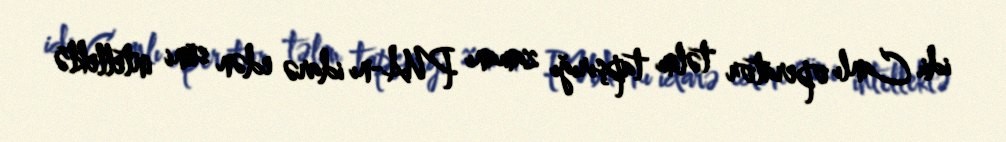
idi. Canlı operator təlim tapşırığı zamanı PUA-nı idarə edən süni intellektə